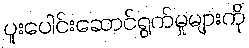
ပူးပေါင်းဆောင်ရွက်မှုများကို